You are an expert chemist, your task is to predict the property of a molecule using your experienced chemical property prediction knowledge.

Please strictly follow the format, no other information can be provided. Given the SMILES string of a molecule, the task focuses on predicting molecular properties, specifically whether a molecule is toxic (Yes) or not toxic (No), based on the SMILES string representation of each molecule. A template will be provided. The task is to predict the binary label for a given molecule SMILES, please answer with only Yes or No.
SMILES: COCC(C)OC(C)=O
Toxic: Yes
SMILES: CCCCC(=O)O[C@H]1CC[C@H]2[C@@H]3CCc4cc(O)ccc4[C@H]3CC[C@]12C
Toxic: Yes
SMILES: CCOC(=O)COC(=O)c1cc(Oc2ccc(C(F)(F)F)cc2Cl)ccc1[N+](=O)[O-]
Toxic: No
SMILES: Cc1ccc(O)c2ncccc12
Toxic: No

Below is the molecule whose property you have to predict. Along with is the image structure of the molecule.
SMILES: CNCC[C@@H](Oc1ccccc1C)c1ccccc1
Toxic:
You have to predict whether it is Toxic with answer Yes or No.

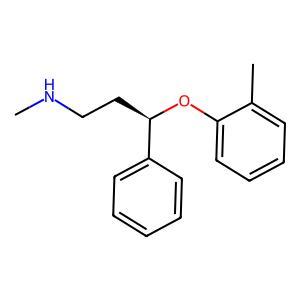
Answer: No